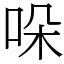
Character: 哚